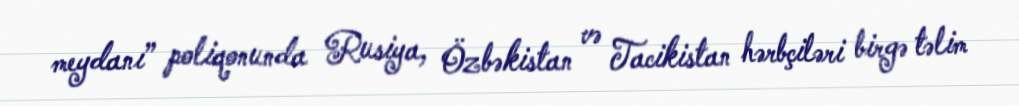
meydanı” poliqonunda Rusiya, Özbəkistan və Tacikistan hərbçiləri birgə təlim